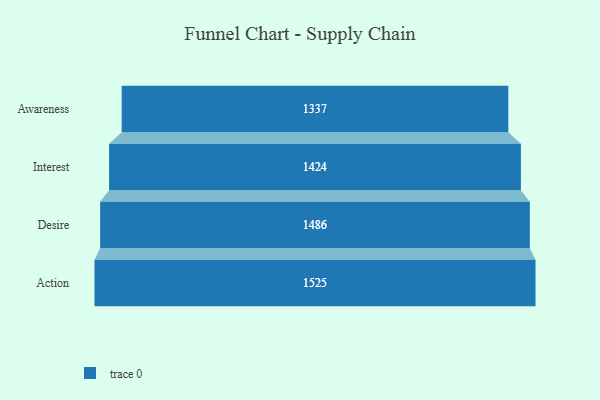
{"axis": {"x": "Stage", "y": "Value"}, "legend": [""], "data": [{"x": "Awareness", "y": 1337.0, "type": ""}, {"x": "Interest", "y": 1424.0, "type": ""}, {"x": "Desire", "y": 1486.0, "type": ""}, {"x": "Action", "y": 1525.0, "type": ""}]}